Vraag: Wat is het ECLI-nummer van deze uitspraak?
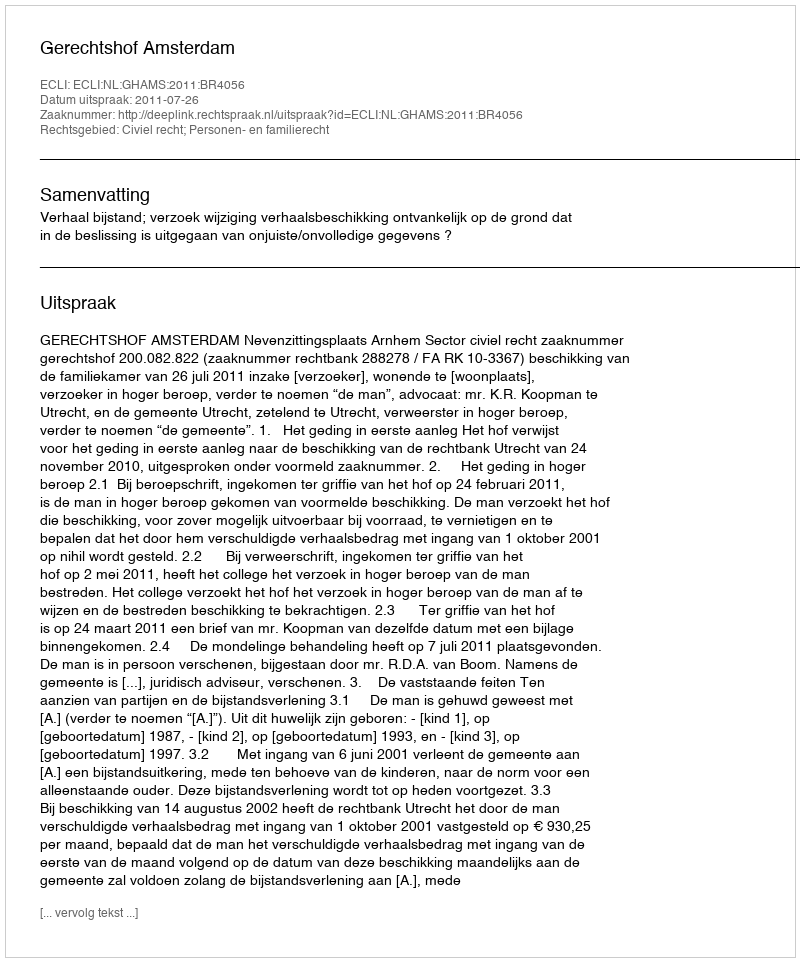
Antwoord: ECLI:NL:GHAMS:2011:BR4056